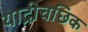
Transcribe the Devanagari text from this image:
याद्रीचछिक